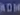
2018